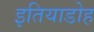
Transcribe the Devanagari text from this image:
इतियाडोह